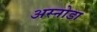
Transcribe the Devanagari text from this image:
अस्नोडा